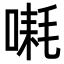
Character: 𪡱